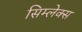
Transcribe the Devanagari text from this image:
सिम्लेक्स